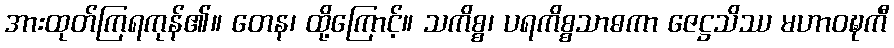
အားထုတ်ကြရကုန်၏။ တေန၊ ထို့ကြောင့်။ သကိစ္စ၊ ပရကိစ္စသာဓကာ ဇေဋ္ဌသိဿ မဟာဝဍ္ဎကီ